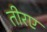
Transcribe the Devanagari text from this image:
तीरए